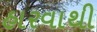
હારવાથી